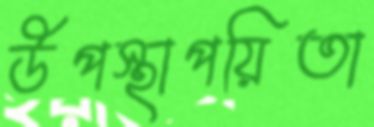
উপস্থাপয়িতা